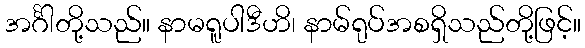
အင်္ဂါတို့သည်။ နာမရူပါဒီဟိ၊ နာမ်ရုပ်အစရှိသည်တို့ဖြင့်။